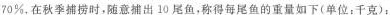
70%，在秋季捕捞时，随意捕出10尾鱼，称得每尾鱼的重量如下(单位：千克)：